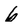
Character: 6